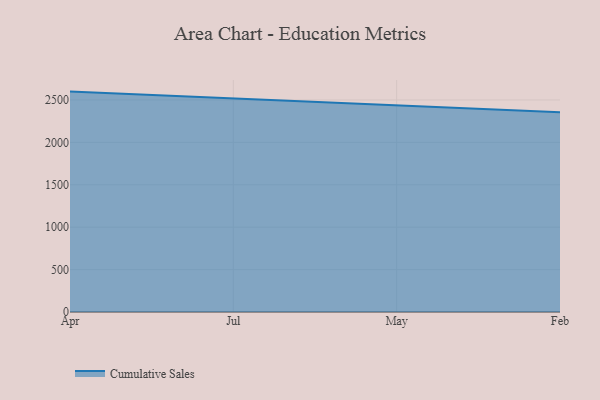
{"axis": {"x": "Month", "y": "Headcount"}, "legend": ["Cumulative Sales"], "data": [{"x": "Apr", "y": 2598.7, "type": "Cumulative Sales"}, {"x": "Jul", "y": 2515.9, "type": "Cumulative Sales"}, {"x": "May", "y": 2431.6, "type": "Cumulative Sales"}, {"x": "Feb", "y": 2355.5, "type": "Cumulative Sales"}]}